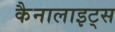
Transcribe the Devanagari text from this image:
कैनालाइट्स